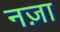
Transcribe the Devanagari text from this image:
नज़ा